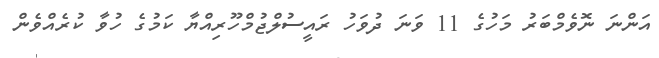
އަންނަ ނޮވެމްބަރު މަހުގެ 11 ވަނަ ދުވަހު ރައީސުލްޖުމްހޫރިއްޔާ ކަމުގެ ހުވާ ކުރެއްވެން